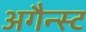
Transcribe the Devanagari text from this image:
अगैन्स्ट